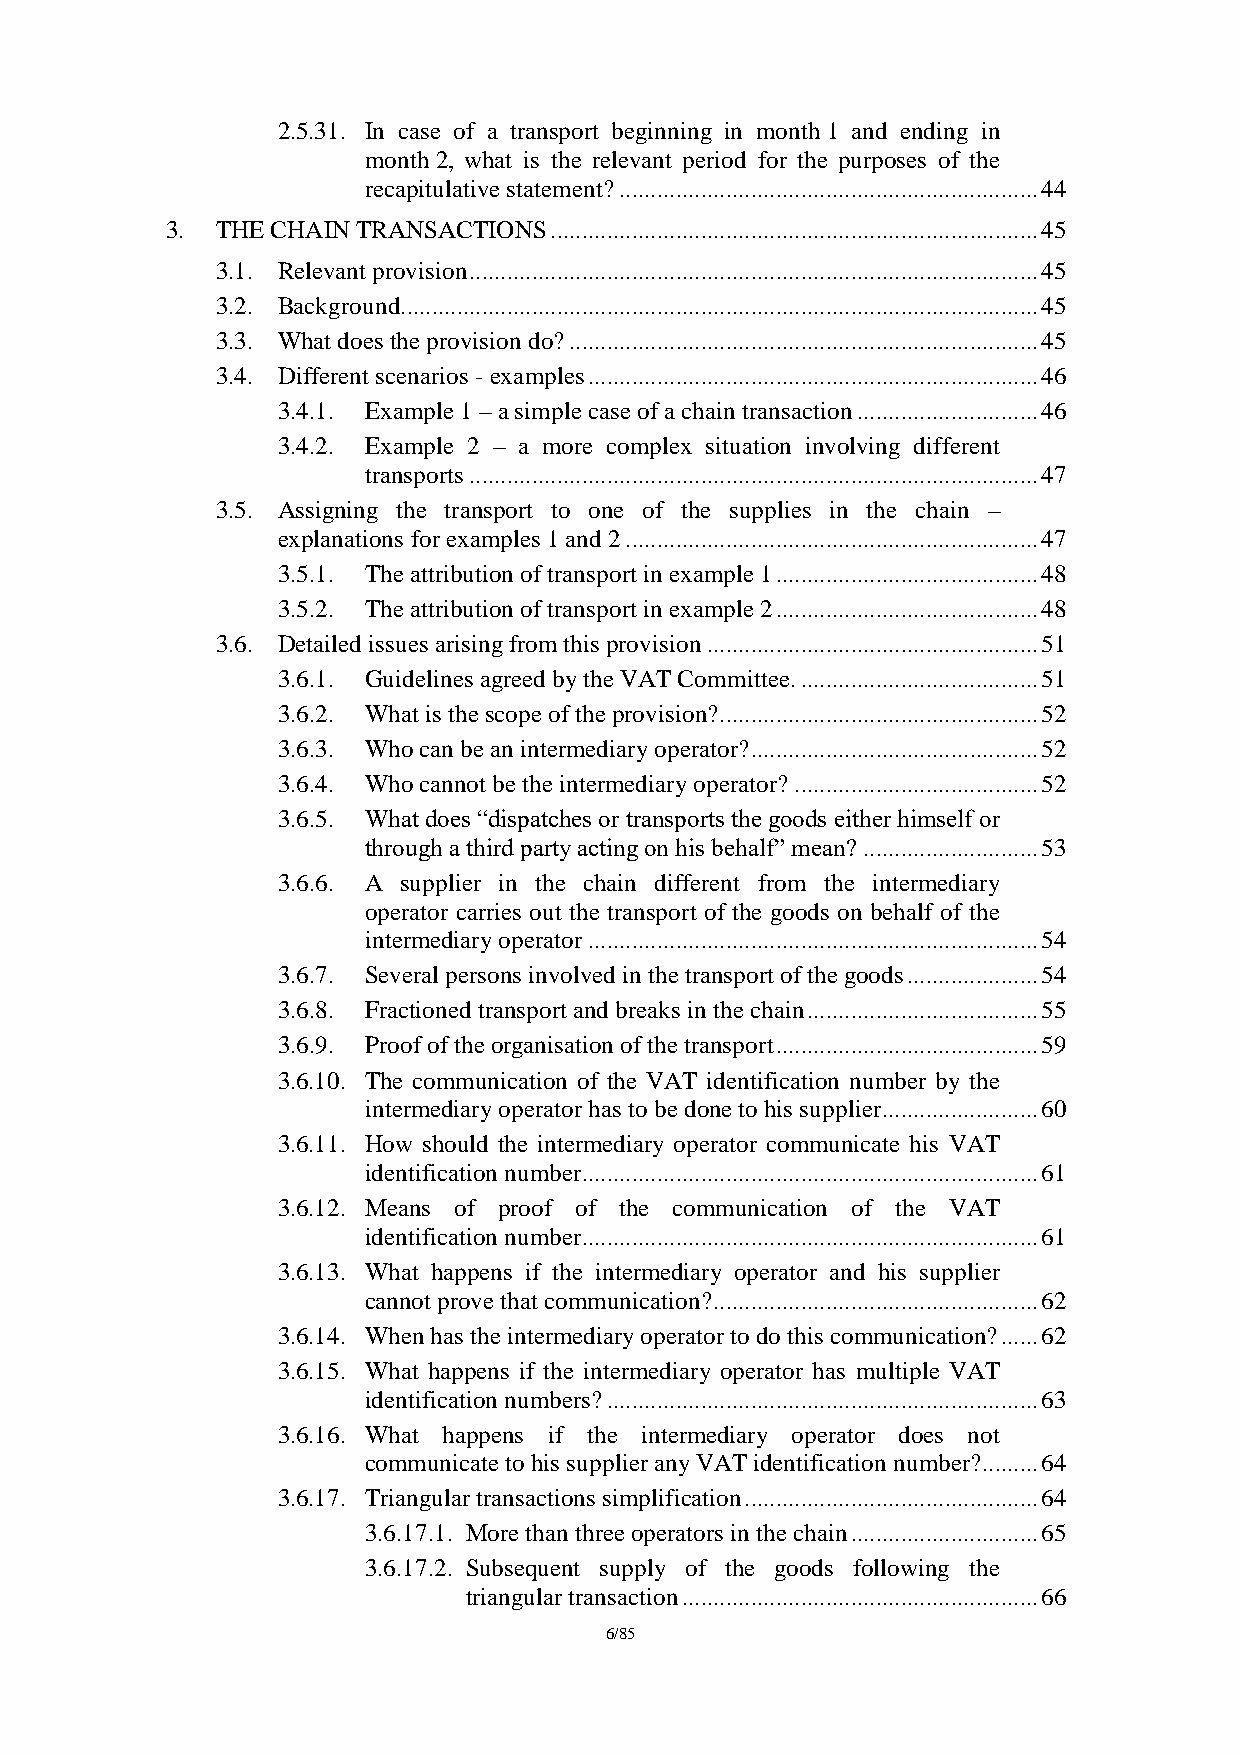
2.5.31. In case of a transport beginning in month 1 and ending in
 month 2, what is the relevant period for the purposes of the
 recapitulative statement? ................................................................... 44
 3. THE CHAIN TRANSACTIONS .............................................................................. 45
 3.1. Relevant provision ........................................................................................... 45
 3.2. Background...................................................................................................... 45
 3.3. What does the provision do? ........................................................................... 45
 3.4. Different scenarios - examples ........................................................................ 46
 3.4.1. Example 1 – a simple case of a chain transaction ............................. 46
 3.4.2. Example 2 – a more complex situation involving different
 transports ........................................................................................... 47
 3.5. Assigning the transport to one of the supplies in the chain –
 explanations for examples 1 and 2 .................................................................. 47
 3.5.1. The attribution of transport in example 1 .......................................... 48
 3.5.2. The attribution of transport in example 2 .......................................... 48
 3.6. Detailed issues arising from this provision ..................................................... 51
 3.6.1. Guidelines agreed by the VAT Committee. ...................................... 51
 3.6.2. What is the scope of the provision? ................................................... 52
 3.6.3. Who can be an intermediary operator? .............................................. 52
 3.6.4. Who cannot be the intermediary operator? ....................................... 52
 3.6.5. What does “dispatches or transports the goods either himself or
 through a third party acting on his behalf” mean? ............................ 53
 3.6.6. A supplier in the chain different from the intermediary
 operator carries out the transport of the goods on behalf of the
 intermediary operator ........................................................................ 54
 3.6.7. Several persons involved in the transport of the goods ..................... 54
 3.6.8. Fractioned transport and breaks in the chain ..................................... 55
 3.6.9. Proof of the organisation of the transport .......................................... 59
 3.6.10. The communication of the VAT identification number by the
 intermediary operator has to be done to his supplier ......................... 60
 3.6.11. How should the intermediary operator communicate his VAT
 identification number ......................................................................... 61
 3.6.12. Means of proof of the communication of the VAT
 identification number ......................................................................... 61
 3.6.13. What happens if the intermediary operator and his supplier
 cannot prove that communication? .................................................... 62
 3.6.14. When has the intermediary operator to do this communication? ...... 62
 3.6.15. What happens if the intermediary operator has multiple VAT
 identification numbers? ..................................................................... 63
 3.6.16. What happens if the intermediary operator does not
 communicate to his supplier any VAT identification number? ......... 64
 3.6.17. Triangular transactions simplification ............................................... 64
 3.6.17.1. More than three operators in the chain .............................. 65
 3.6.17.2. Subsequent supply of the goods following the
 triangular transaction ......................................................... 66
 6/85